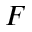
F